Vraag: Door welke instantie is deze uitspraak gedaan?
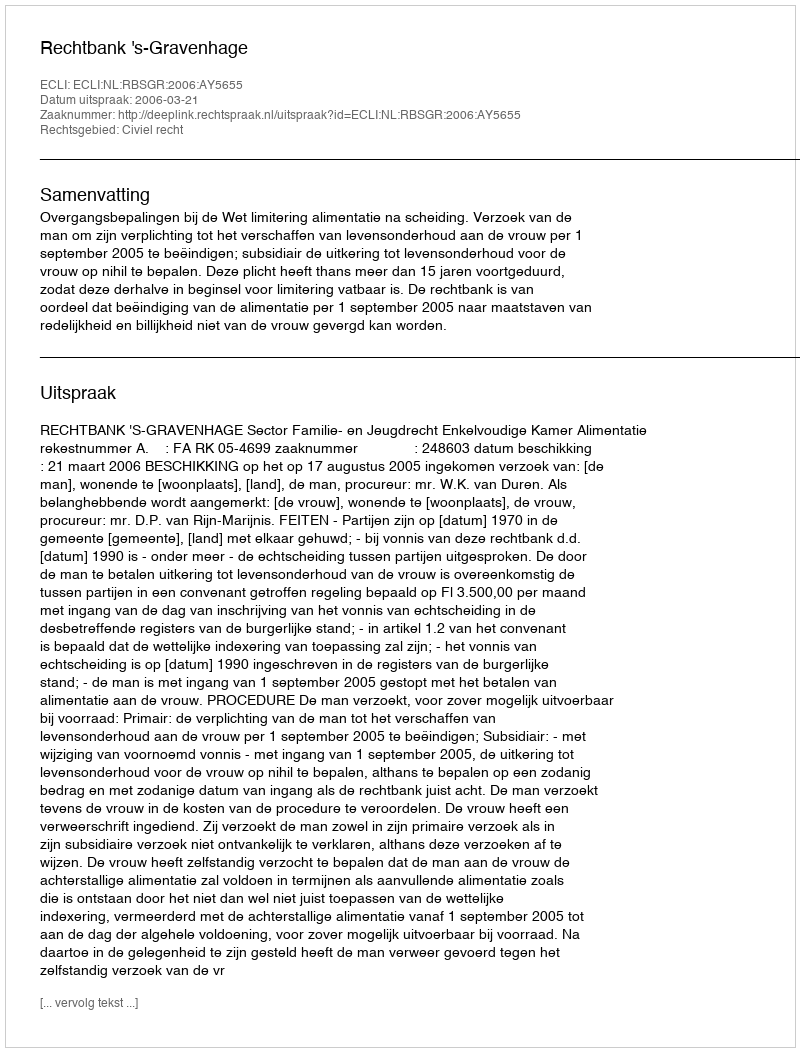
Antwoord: Rechtbank 's-Gravenhage